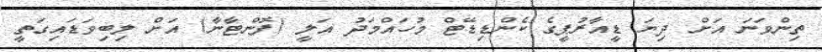
ތިންވަނަ އަށް ދިޔަ ޑީއާރުޕީގެ ކެންޑިޑޭޓް މުހައްމަދު އަލީ (ފޮންޓާނާ) އަށް ލިބިވަޑައިގަތީ